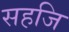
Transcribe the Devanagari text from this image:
सहजि